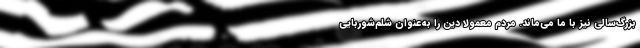
بزرگ‌سالی نیز با ما می‌ماند. مردم معمولاً دین را به‌عنوان شلم‌شوربایی